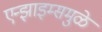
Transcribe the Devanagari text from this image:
एन्झाइम्समुळे